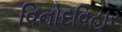
વિનોદવિહાર